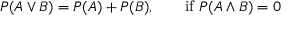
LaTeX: P ( A \lor B ) = P ( A ) + P ( B ) , \qquad { \mathrm { i f ~ } } P ( A \land B ) = 0